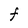
Character: F